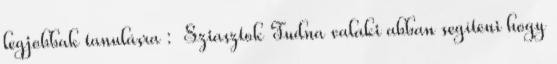
legjobbak tanulásra : Sziasztok Tudna valaki abban segíteni hogy